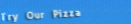
Try Our Pizza